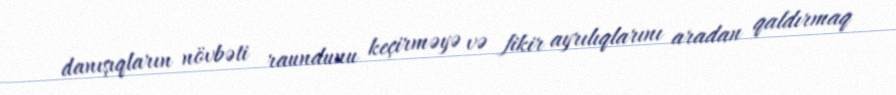
danışıqların növbəti raundunu keçirməyə və fikir ayrılıqlarını aradan qaldırmaq